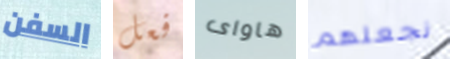
السفن فعل هاواى نجعلهم